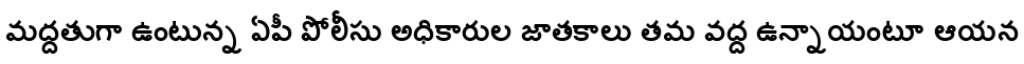
మద్దతుగా ఉంటున్న ఏపీ పోలీసు అధికారుల జాతకాలు తమ వద్ద ఉన్నాయంటూ ఆయన